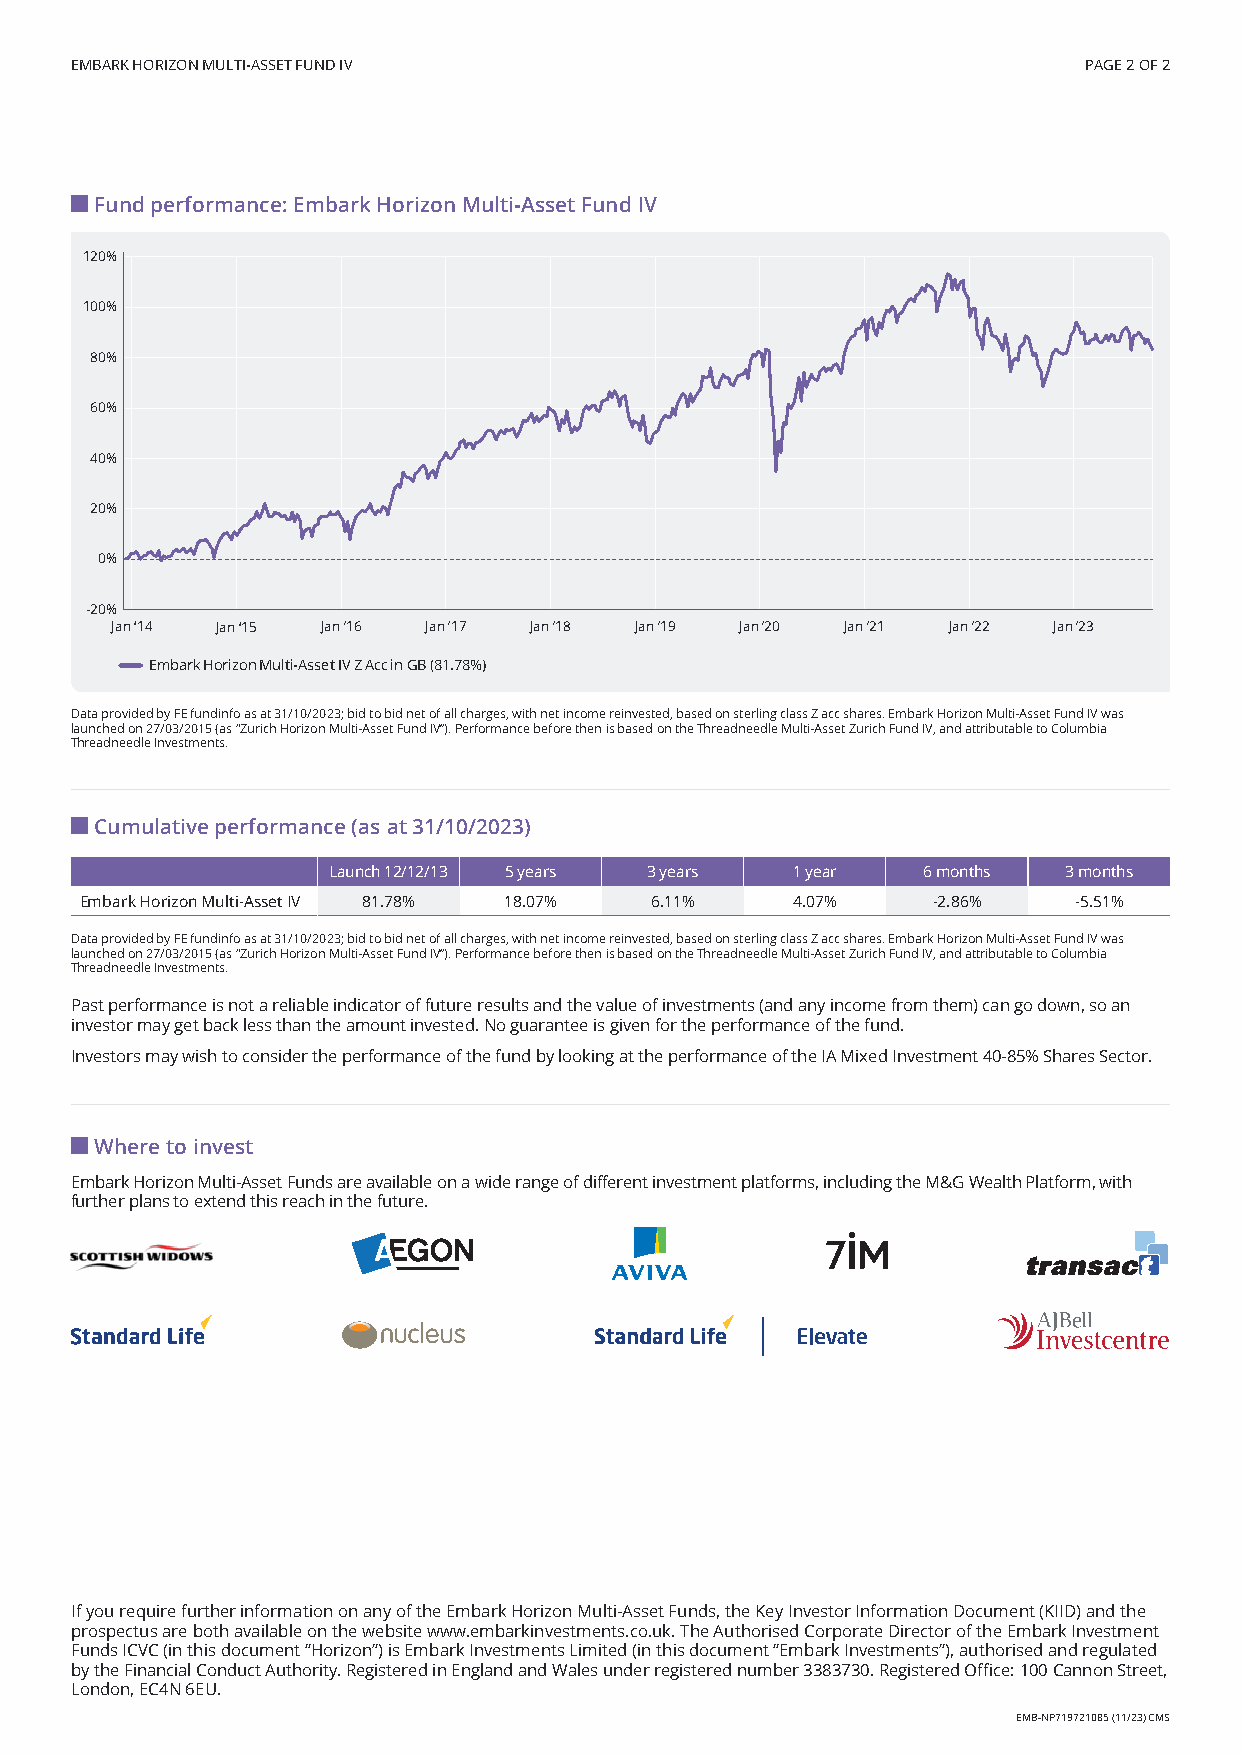
EMBARK HORIZON MULTI-ASSET FUND IV                                 PAGE 2 OF 2
 Fund performance: Embark Horizon Multi-Asset Fund IV
 120%
 100%
 80%
 60%
 40%
 20%
 0%
 -20%
 Jan ‘14 Jan ‘15 Jan ’16 Jan ’17 Jan ’18 Jan ’19 Jan ’20 Jan ’21 Jan ’22 Jan ’23
 Embark Horizon Multi-Asset IV Z Acc in GB (81.78%)
 Data provided by FE fundinfo as at 31/10/2023; bid to bid net of all charges, with net income reinvested, based on sterling class Z acc shares. Embark Horizon Multi-Asset Fund IV was
 launched on 27/03/2015 (as “Zurich Horizon Multi-Asset Fund IV”). Performance before then is based on the Threadneedle Multi-Asset Zurich Fund IV, and attributable to Columbia
 Threadneedle Investments.
 Cumulative performance (as at 31/10/2023)
 Launch 12/12/13 5 years 3 years 1 year 6 months 3 months
 Embark Horizon Multi-Asset IV 81.78% 18.07% 6.11% 4.07%  -2.86%   -5.51%
 Data provided by FE fundinfo as at 31/10/2023; bid to bid net of all charges, with net income reinvested, based on sterling class Z acc shares. Embark Horizon Multi-Asset Fund IV was
 launched on 27/03/2015 (as “Zurich Horizon Multi-Asset Fund IV”). Performance before then is based on the Threadneedle Multi-Asset Zurich Fund IV, and attributable to Columbia
 Threadneedle Investments.
 Past performance is not a reliable indicator of future results and the value of investments (and any income from them) can go down, so an
 investor may get back less than the amount invested. No guarantee is given for the performance of the fund.
 Investors may wish to consider the performance of the fund by looking at the performance of the IA Mixed Investment 40-85% Shares Sector.
 Where to invest
 Embark Horizon Multi-Asset Funds are available on a wide range of different investment platforms, including the M&G Wealth Platform, with
 further plans to extend this reach in the future.
 If you require further information on any of the Embark Horizon Multi-Asset Funds, the Key Investor Information Document (KIID) and the
 prospectus are both available on the website www.embarkinvestments.co.uk. The Authorised Corporate Director of the Embark Investment
 Funds ICVC (in this document “Horizon”) is Embark Investments Limited (in this document “Embark Investments”), authorised and regulated
 by the Financial Conduct Authority. Registered in England and Wales under registered number 3383730. Registered Office: 100 Cannon Street,
 London, EC4N 6EU.
 EMB-NP719721085 (11/23) CMS
 EEMMBB--NNPP771199772211008855..iinndddd 22                               0077//1111//22002233 0099::4444